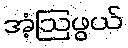
အံ့ဩဖွယ်